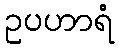
ဥပဟာရံ